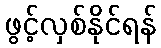
ဖွင့်လှစ်နိုင်ရန်